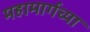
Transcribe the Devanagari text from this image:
महामार्गच्या